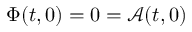
\Phi ( t , 0 ) = 0 = \mathcal { A } ( t , 0 )